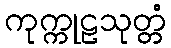
ကုက္ကုဠသုတ္တံ